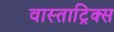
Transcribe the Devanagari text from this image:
वास्ताट्रिक्स